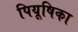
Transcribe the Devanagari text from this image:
पियूषिका